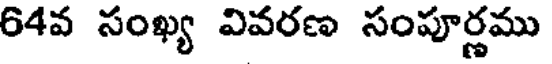
64వ సంఖ్య వివరణ సంపూర్ణము